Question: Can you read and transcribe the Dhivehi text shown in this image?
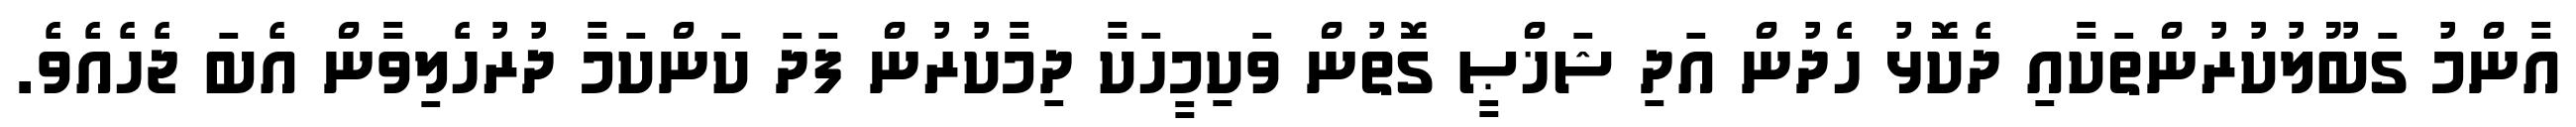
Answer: އާންމު ގަބޫލުކުރުންތަކާއި ދެކޮޅު ހެދުން އަދި ޝަޚްޞީ ގޮތުން ވަކިމީހަކާ ދިމާކުރުން ފަދަ ކަންކަމާ ދުރުހެލިވާން އެބަ ޖެހެއެވެ.